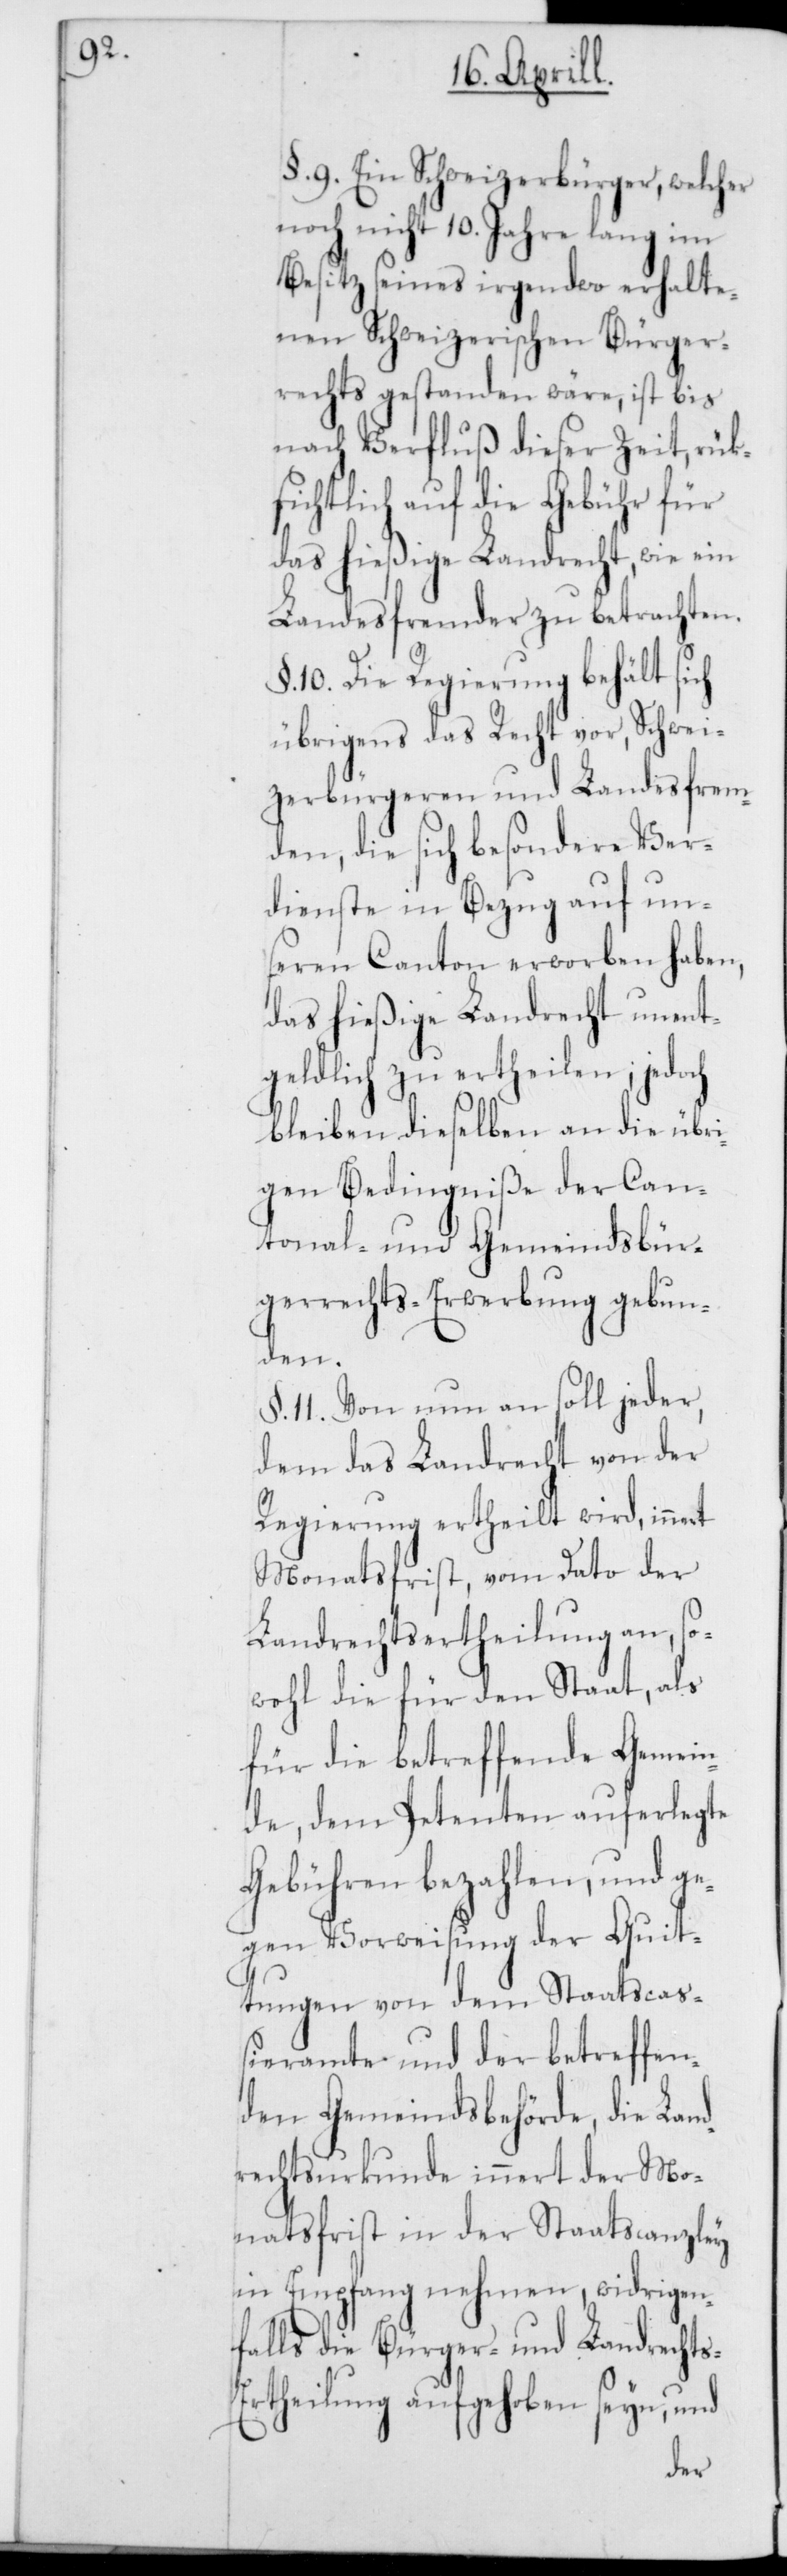
s-E¬

§. 9. Ein Schweizerbürger, welcher
noch nicht 10. Jahre lang im
Besitz seines irgendwo erhalte¬
nen Schweizerischen Bürger¬
rechts gestanden wäre, ist bis
nach Verfluß dieser Zeit, rück¬
sichtlich auf die Gebühr für
das hießige Landrecht, wie ein
Landesfremder zu betrachten.
§. 10. Die Regierung behält sich
übrigens das Recht vor, Schwei¬
zerbürgeren und Landesfrem¬
den, die sich besondere Ver¬
dienste in Bezug auf un¬
seren Canton erworben haben,
das hießige Landrecht unent¬
geldlich zu ertheilen; jedoch
bleiben dieselben an die übri¬
gen Bedingniße der Can¬
tonal- und Gemeindsbür¬
gerrechts-Erwerbung gebun¬
den.
§. 11. Von nun an soll jeder,
dem das Landrecht von der
Regierung ertheilt wird, innert
Monatsfrist, vom Dato der
Landrechtsertheilung an, so¬
wohl die für den Staat, als
für die betreffende Gemei¬
nde, dem Petenten auferlegte
Gebühren bezahlen, und ge¬
gen Vorweisung der Quit¬
tungen von dem Staatscaß¬
ieramte und der betreffen¬
den Gemeindsbehörde, die Land¬
rechtsurkunde innert der Mo¬
natsfrist in der Staatscanzley
in Empfang nehmen, widrigen¬
falls die Bürger- und Landrecht¬
rtheilung aufgehoben seyn, und